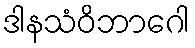
ဒါနသံဝိဘာဂေါ